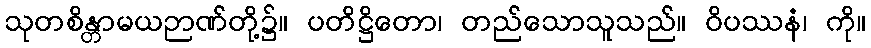
သုတစိန္တာမယဉာဏ်တို့၌။ ပတိဋ္ဌိတော၊ တည်သောသူသည်။ ဝိပဿနံ၊ ကို။